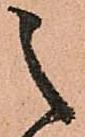
之